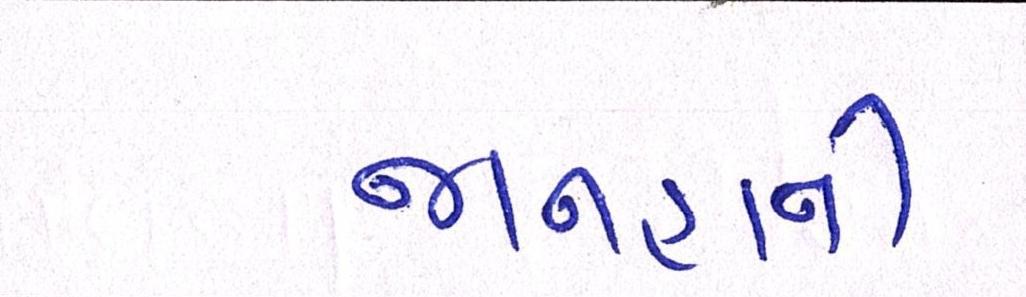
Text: જાનહાનિ